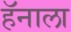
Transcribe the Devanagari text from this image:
हॅनाला